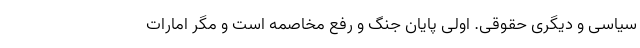
سیاسی و دیگری حقوقی. اولی پایان جنگ و رفع مخاصمه است و مگر امارات